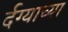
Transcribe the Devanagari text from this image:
र्दग्याच्या